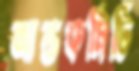
আন্তকমিটি